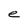
Character: e